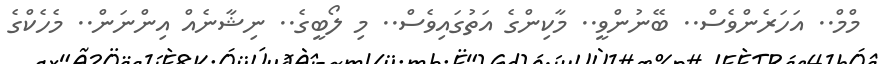
މްމް.. އަހަރެންވެސް.. ބޭނުންވީ.. މާކިންގެ އަތުގައިވެސް.. މި ލޯބީގެ.. ނިޝާނެއް އިންނަން.. މެހެކްގެ